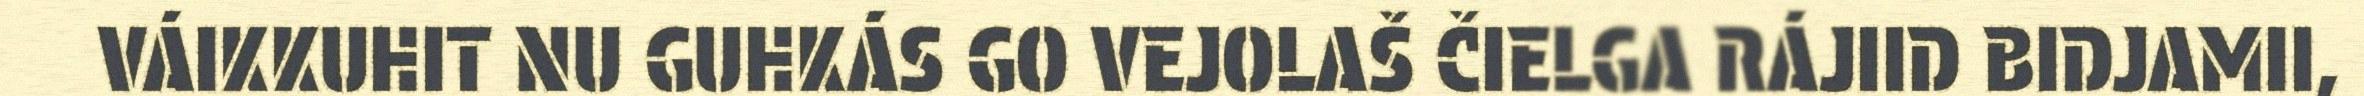
VÁIKKUHIT NU GUHKÁS GO VEJOLAŠ ČIELGA RÁJIID BIDJAMII,